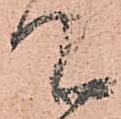
て